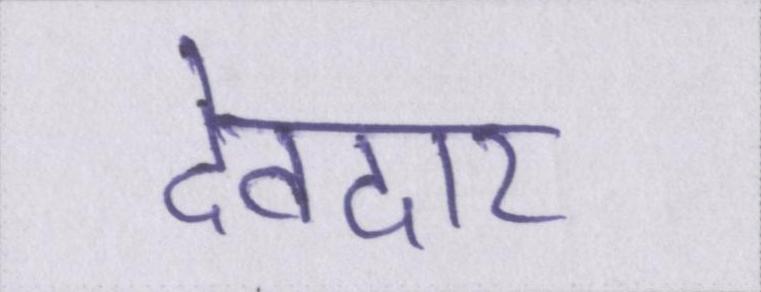
देवदार